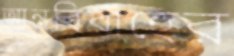
আন্তবিবাহের